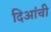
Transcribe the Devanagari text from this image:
दिआंची